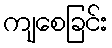
ကျစေခြင်း